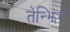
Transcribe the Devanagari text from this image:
तेन्झिंग